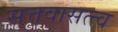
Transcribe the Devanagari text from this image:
सत्तवासत्त्व